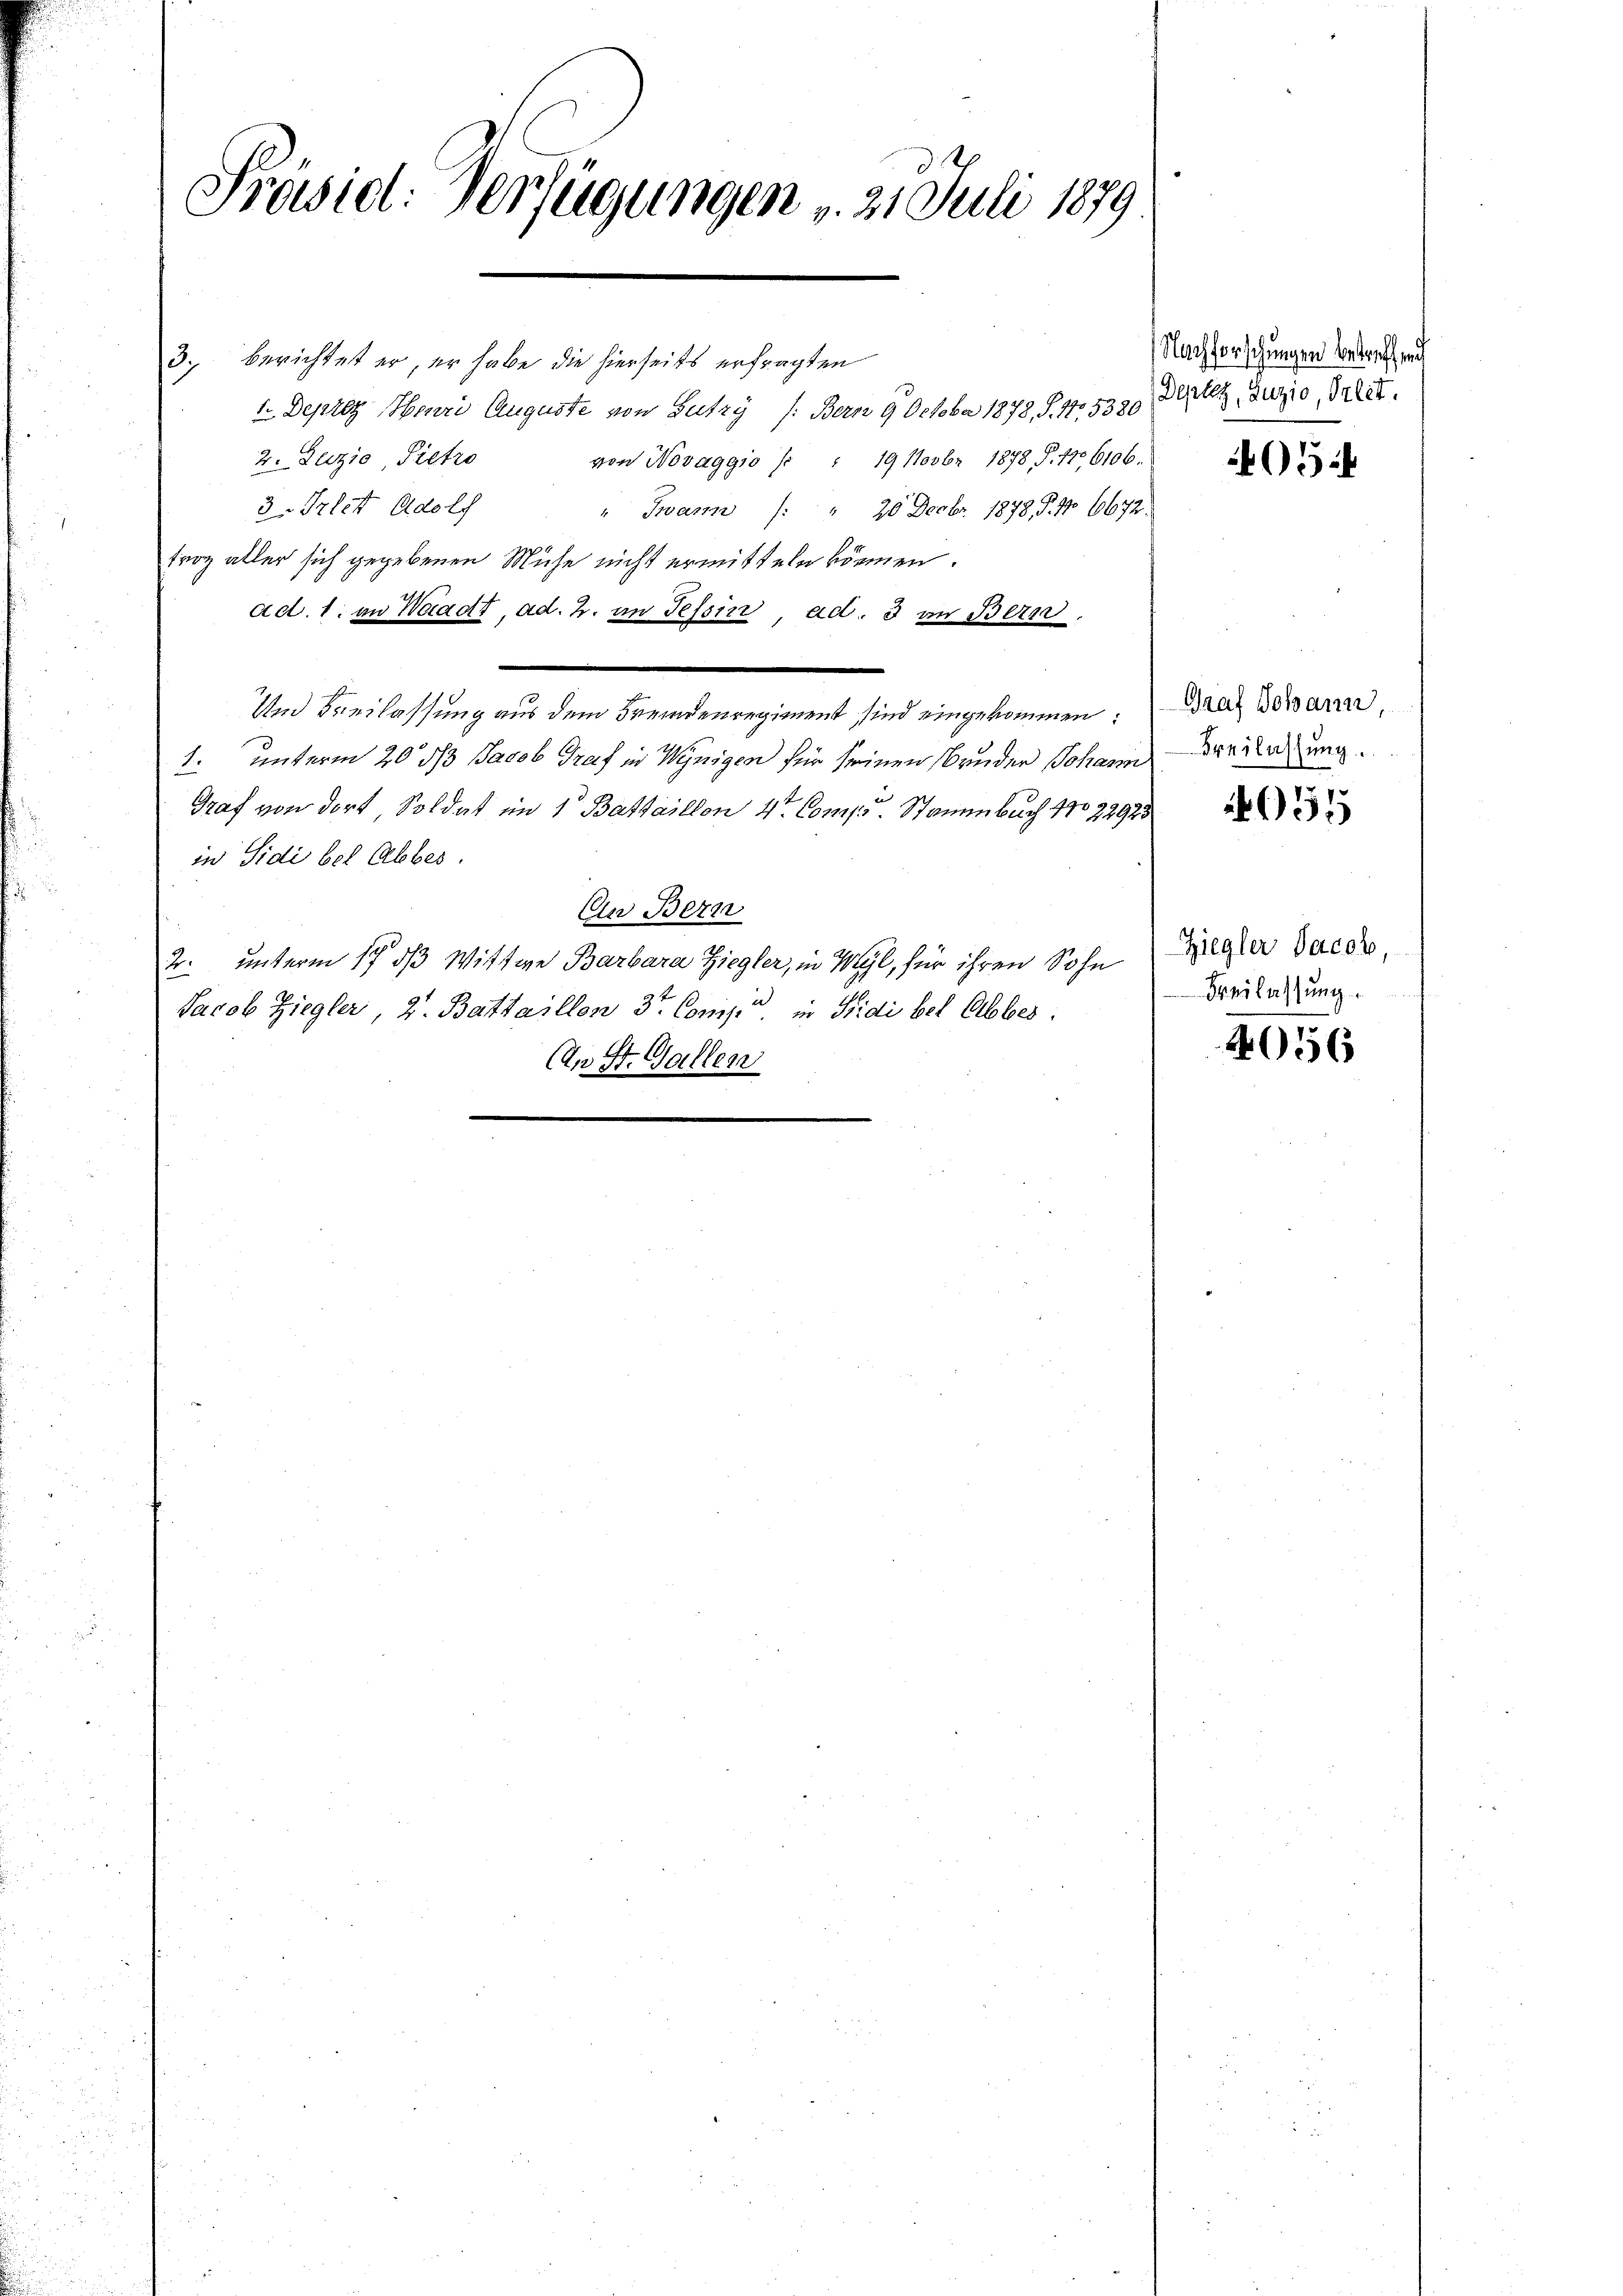
S
Präsid: Verfügungen v. 21. Juli 1879

3. berichtet er, er habe die hierseits erfragten
2 Depres Henri Auguste von Gutzy /: Bern 9. October 1878, S. 4. 5320, Deter Zuzio, Tret.
2. Zuzio Pietro
von Novaggio (: 19 Novbr 1878 S. 126106.
3. Triet Adolf " Twann (: " 20 Decbr. 1878 §. 1. 6672.
troz aller sich gegebenen Mühe nicht ermitteln können.
ad. 1. an Waadt, ad. 2. an Tessin, ad. 3 an Bern,
Und Freilassung aus dem Fremdenregiment sind eingekommen:
1. unterm 20. ds Jacob Graf in Wenigen für seinen Bruder Johann
Graf von dort, Soldat im 1 Battaillon 4. Compo Stammbach 17022925
in Sidi bei Abbes.
An Bern
2. unterm 17. ds Wittwe Barbara Ziegler, in Wyl, für ihren Sohn
Jacob Ziegler, 2. Battaillon 3te Comp. in Fidi bet Abbes:
(in St. Gallen
2

Nachforschungen betreff sch

05

Graf Johann,
Freilassung.

031

Ziegler Jacob,
Freilassung.

4056